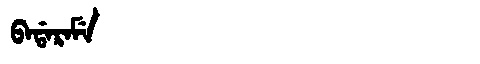
Manchu: ᠪᠠᡩᠠᡵᠠᠮᡝ
Romanization: BADARAME